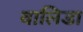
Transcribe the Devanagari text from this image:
वालिडा